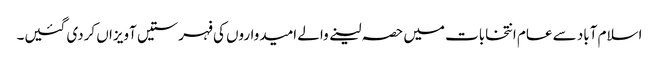
اسلام آباد سے عام انتخابات میں حصہ لینے والے امیدواروں کی فہرستیں آویزاں کردی گئیں۔